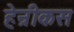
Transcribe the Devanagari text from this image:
हेन्रीकस